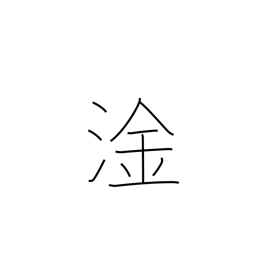
Meaning: bilge water